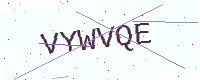
Text: VYWVQE